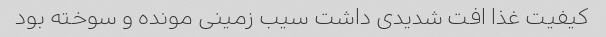
کیفیت غذا افت شدیدی داشت سیب زمینی مونده و سوخته بود